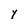
Character: Y